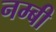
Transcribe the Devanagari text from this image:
नम्बी